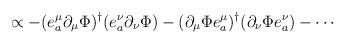
LaTeX: \begin{align*}\propto -(e_a^{\mu}\partial_{\mu}\Phi)^{\dagger}(e_a^{\nu}\partial_{\nu}\Phi)-(\partial_{\mu}\Phi e_a^{\mu})^{\dagger}(\partial_{\nu}\Phi e_a^{\nu})-\cdots\end{align*}